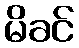
မိခင်